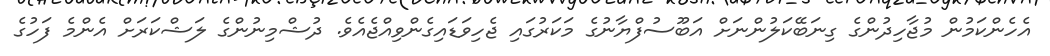
އެހެންކަމުން މުޖާހިދުންގެ ގިނަބޭކަލުންނަށް އަބޫސުފްޔާނުގެ މަކަރުގައި ޖެހިވަޑައިގެންވިއްޖެއެވެ. ދުޝްމިނުންގެ ލަޝްކަރަށް އެންމެ ފަހުގެ